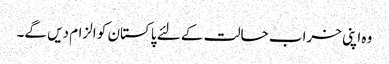
وہ اپنی خراب حالت کے لئے پاکستان کو الزام دیں گے۔